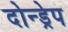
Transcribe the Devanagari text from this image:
दोन्ड्रेप